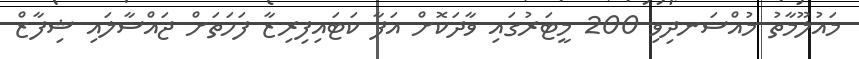
މައުލޫމާތު މުއްސަނދިވި 200 މީޓަރުގައި ވާދަކޮށް އަފާ ކަޓައިފިރިޒާ ފަހަތަށް ޖައްސާލައި ޝިފާޒް